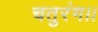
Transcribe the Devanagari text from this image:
चतुरंग।।